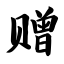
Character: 赠